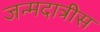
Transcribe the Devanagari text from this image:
जन्मदात्रीस